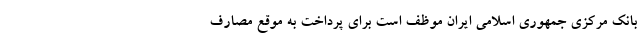
بانک مرکزی جمهوری اسلامی ایران موظف است برای پرداخت به موقع مصارف